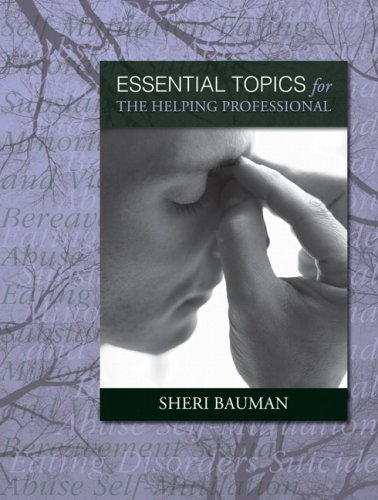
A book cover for Essential Topics for the Helping Professional; Sheri Bauman; Business & Money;